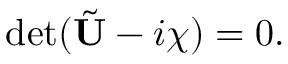
\begin{array} { r } { \operatorname* { d e t } ( \tilde { \mathbf { U } } - i \chi ) = 0 . } \end{array}